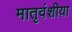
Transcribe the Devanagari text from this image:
मातृवंशीया